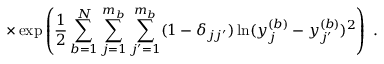
\times \exp \left( \frac { 1 } { 2 } \sum _ { b = 1 } ^ { N } \sum _ { j = 1 } ^ { m _ { b } } \sum _ { j ^ { \prime } = 1 } ^ { m _ { b } } ( 1 - \delta _ { j j ^ { \prime } } ) \ln ( y _ { j } ^ { ( b ) } - y _ { j ^ { \prime } } ^ { ( b ) } ) ^ { 2 } \right) \; .